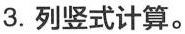
3.列竖式计算。